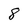
Character: 8